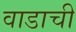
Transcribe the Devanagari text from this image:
वाडाची